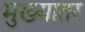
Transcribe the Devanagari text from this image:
मुख्यातर